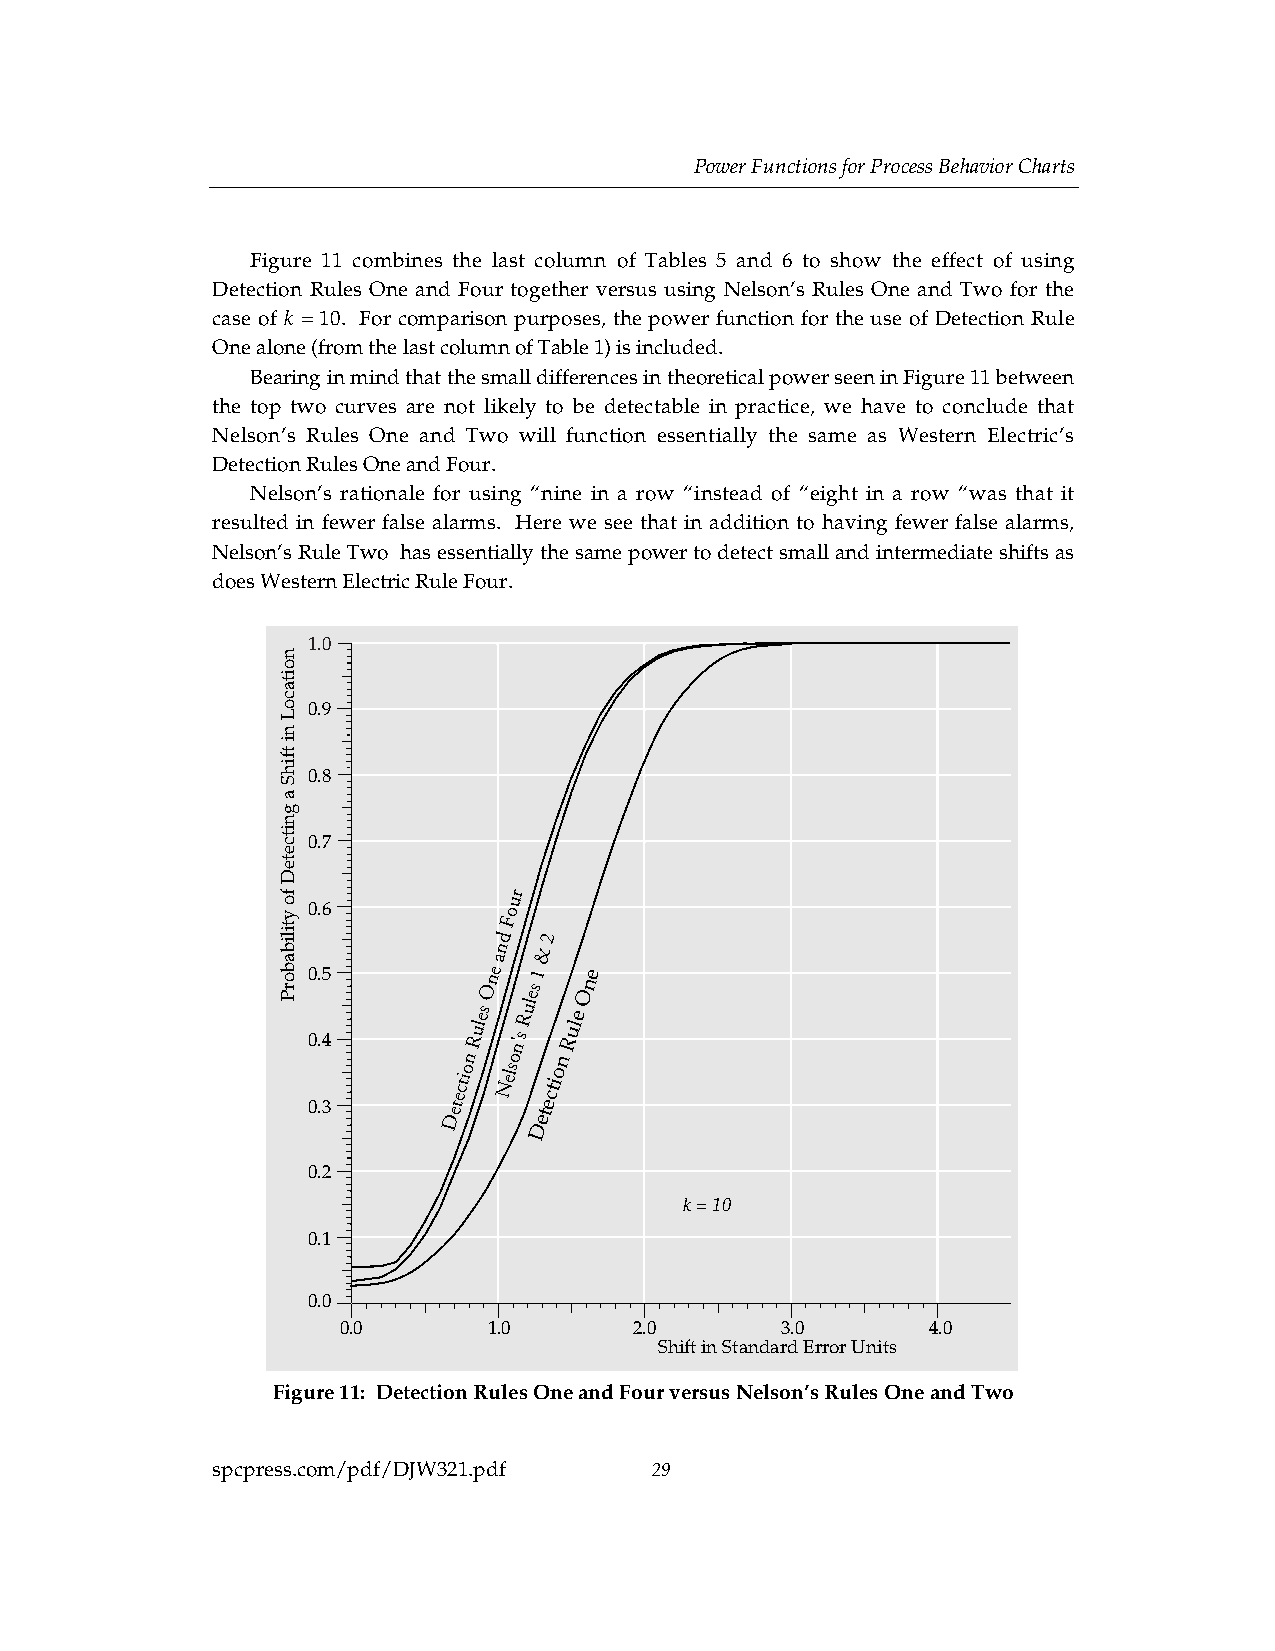
Power Functions for Process Behavior Charts
 Figure 11 combines the last column of Tables 5 and 6 to show the effect of using
 Detection Rules One and Four together versus using Nelson’s Rules One and Two for the
 case of k = 10. For comparison purposes, the power function for the use of Detection Rule
 One alone (from the last column of Table 1) is included.
 Bearing in mind that the small differences in theoretical power seen in Figure 11 between
 the top two curves are not likely to be detectable in practice, we have to conclude that
 Nelson’s Rules One and Two will function essentially the same as Western Electric’s
 Detection Rules One and Four.
 Nelson’s rationale for using “nine in a row “instead of “eight in a row “was that it
 resulted in fewer false alarms. Here we see that in addition to having fewer false alarms,
 Nelson’s Rule Two has essentially the same power to detect small and intermediate shifts as
 does Western Electric Rule Four.
 1.0
 0.9
 0.8
 0.7
 r u
 0.6          o F
 d  2
 an  &
 0.5         One
 es
 1  One
 es
 Rul
 e
 0.4
 n
 Rul
 on's
 n
 Rul
 0.3
 etectio Nels tectio
 D     e
 D
 0.2
 k = 10
 0.1
 0.0
 0.0       1.0       2.0       3.0       4.0
 Shift in Standard Error Units
 Figure 11: Detection Rules One and Four versus Nelson’s Rules One and Two
 spcpress.com/pdf/DJW321.pdf  29
 noitacoL
 ni
 tfihS
 a
 gnitceteD
 fo
 ytilibaborP